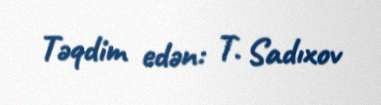
Təqdim edən: T. Sadıxov